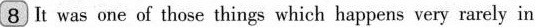
8 It was one of those things which happens very rarely in